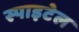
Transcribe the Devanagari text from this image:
स्पाइटेल